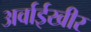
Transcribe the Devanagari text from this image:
अर्वाईखीर